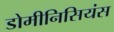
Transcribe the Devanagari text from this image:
डोमीनिसियंस